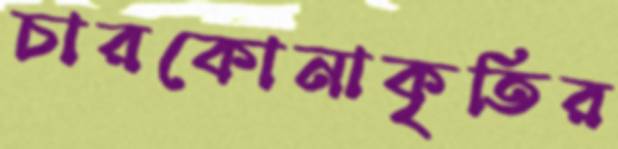
চারকোনাকৃতির